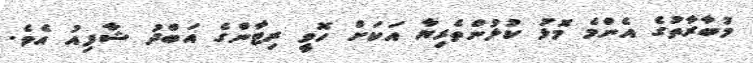
މުބާރާތުގެ އެންމެ މޮޅު ކުޅުންތެރިޔާ އަކަށް ހޮވީ ރިޓާންގެ އަބްދު ޝާފިއު އެވެ.